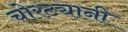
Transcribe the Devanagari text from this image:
चोरट्यानी